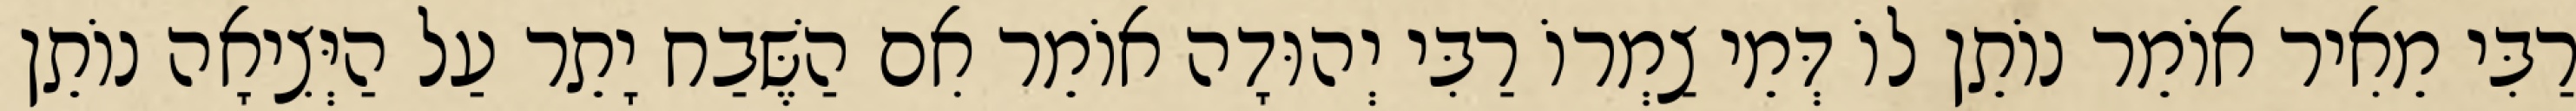
רַבִּי מֵאִיר אוֹמֵר נוֹתֵן לוֹ דְּמֵי צַמְרוֹ רַבִּי יְהוּדָה אוֹמֵר אִם הַשֶּׁבַח יָתֵר עַל הַיְּצִיאָה נוֹתֵן